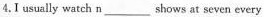
4.I usually watch n___ shows at seven every